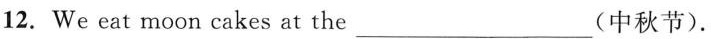
12. We eat moon cakes at the ___(中秋节).